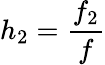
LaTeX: h_{2}=\frac{f_{2}}{f}